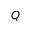
Q